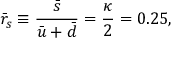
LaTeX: \bar { r } _ { s } \equiv \frac { \bar { s } } { \bar { u } + \bar { d } } = \frac { \kappa } { 2 } = 0 . 2 5 ,